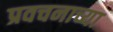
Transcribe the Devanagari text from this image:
प्रवचनाच्या